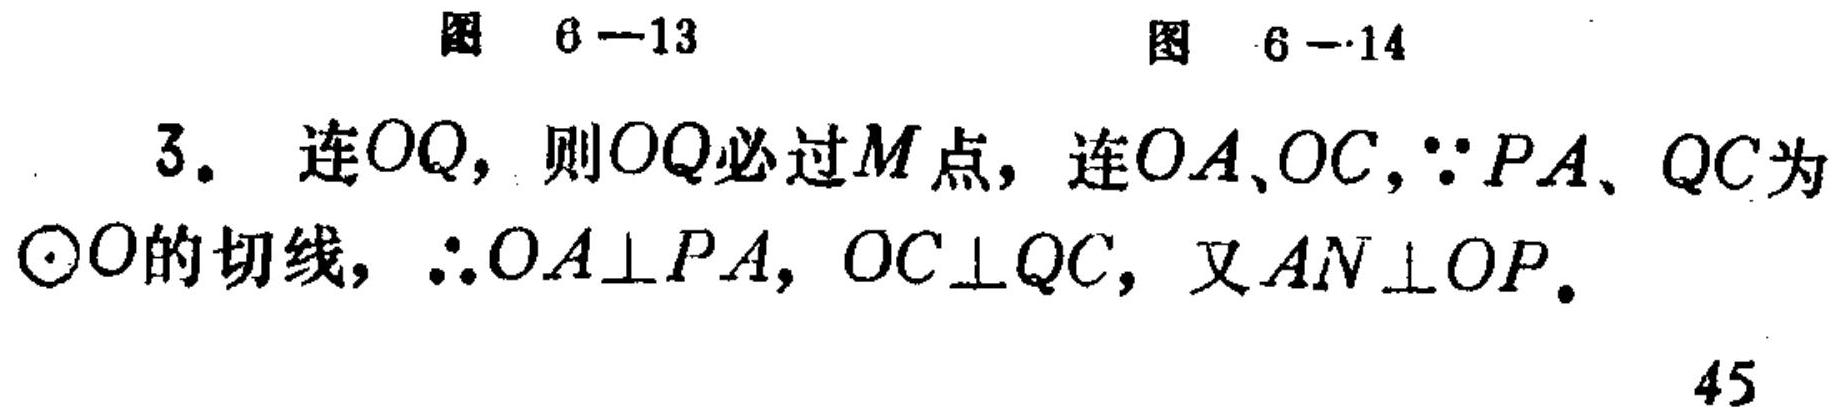
图 6—13  图 6—14
3. 连\(OQ\)，则\(OQ\)必过\(M\)点，连\(OA\)、\(OC\)，\(\because PA\)、\(QC\)为\(\odot O\)的切线，\(\therefore OA\perp PA\)，\(OC\perp QC\)，又\(AN\perp OP\)。
45